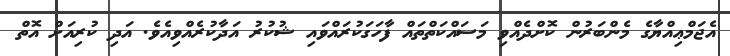
އެޖަމްޢިއްޔާގެ މެންބަރުން ކޮށްދެއްވި މަސައްކަތްތައް ފާހަގަކުރައްވައި ޝުކުރު އަދާކުރެއްވިއެވެ. އަދި ކުރިއަށް އޮތް